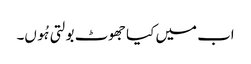
اب میں کیا جھوٹ بولتی ہُوں۔